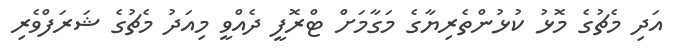
އަދި މެޗުގެ މޮޅު ކުޅުންތެރިޔާގެ މަގާމަށް ޓްރޮފީ ދެއްވީ މިއަދު މެޗުގެ ޝަރަފްވެރި